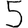
Digit: 5